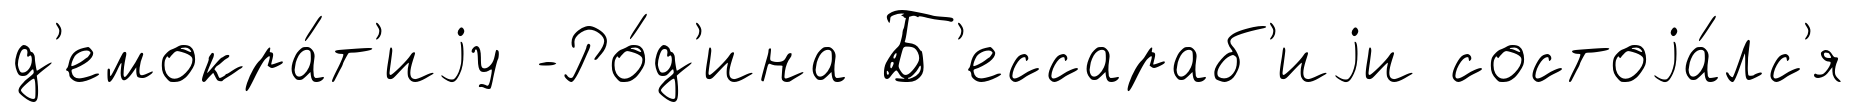
д'емокра́т'иjу -Ро́д'ина Б'ессараб'иjи состоjа́лс'я